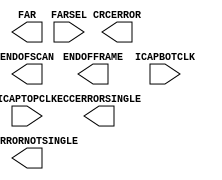
module FRAME_ECCE4
`ifdef XIL_TIMING
#(
  parameter LOC = "UNPLACED"
)
`endif
(
  output CRCERROR,
  output ECCERRORNOTSINGLE,
  output ECCERRORSINGLE,
  output ENDOFFRAME,
  output ENDOFSCAN,
  output [26:0] FAR,

  input [1:0] FARSEL,
  input ICAPBOTCLK,
  input ICAPTOPCLK
);
  
endmodule